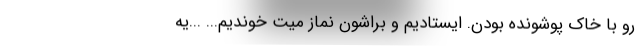
رو با خاك پوشونده بودن. ايستاديم و براشون نماز ميت خونديم... ...يه